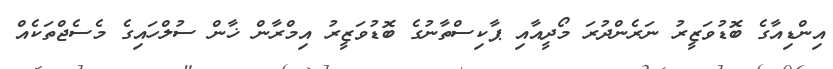
އިންޑިއާގެ ބޮޑުވަޒީރު ނަރެންދުރަ މޯދީއާއި ޕާކިސްތާނުގެ ބޮޑުވަޒީރު އިމްރާން ޚާން ސުލްހައިގެ މެސެޖްތަކެއް